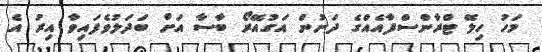
މަހު ހިލޭ ޓްރާންސްފާއެއްގެ ދަށުން އަގުއޭރޯ ބާސާ އަށް ބަދަލުވެފައިވާ އިރު އެ